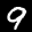
Label: 9